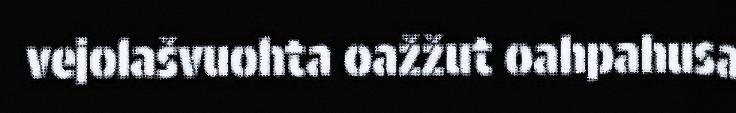
vejolašvuohta oažžut oahpahusa